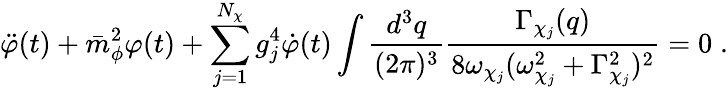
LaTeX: \ddot{\varphi}(t)+\bar{m}_{\phi}^{2}\varphi(t)+\sum_{j=1}^{N_{\chi}}g_{j}^{4}\dot{\varphi}(t)\int\frac{d^{3}q}{(2\pi)^{3}}\frac{\Gamma_{\chi_{j}}(q)}{8\omega_{\chi_{j}}(\omega_{\chi_{j}}^{2}+\Gamma_{\chi_{j}}^{2})^{2}}=0\; .